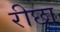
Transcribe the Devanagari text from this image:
रीछा